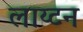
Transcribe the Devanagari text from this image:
लाय्टन